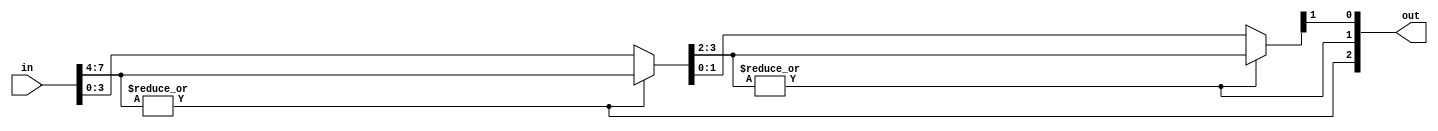
module Encoder #(
    parameter OUT_WIDTH = 3
) (
    input wire [IN_WIDTH - 1:0] in,
    output wire [OUT_WIDTH - 1:0] out
);
    localparam IN_WIDTH = 1 << OUT_WIDTH;

    wire [IN_WIDTH - 1:0] ors[OUT_WIDTH - 1:0];

    assign ors[OUT_WIDTH - 1] = in;

    genvar i;
    generate
        for(i = OUT_WIDTH - 1; i >= 0; i = i - 1) begin: genLogic
            wire [IN_WIDTH - 1:0] line = ors[i];
            wire [(1 << i) - 1:0] origLine = line[2 * (1 << i) - 1:1 << i];
            assign out[i] = |origLine;
            if(i > 0) begin
                assign ors[i - 1][(1 << i) - 1:0] = out[i] ? origLine : line[(1 << i) - 1:0];
            end
        end
    endgenerate
  
endmodule